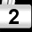
Digit: 2